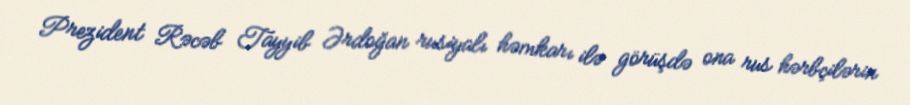
Prezident Rəcəb Tayyib Ərdoğan rusiyalı həmkarı ilə görüşdə ona rus hərbçilərin